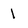
Character: 1